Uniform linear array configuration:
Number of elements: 48
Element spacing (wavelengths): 1
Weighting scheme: binomial
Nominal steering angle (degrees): -30
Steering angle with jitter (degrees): -31.284
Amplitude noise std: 0.05
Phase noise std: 0.05

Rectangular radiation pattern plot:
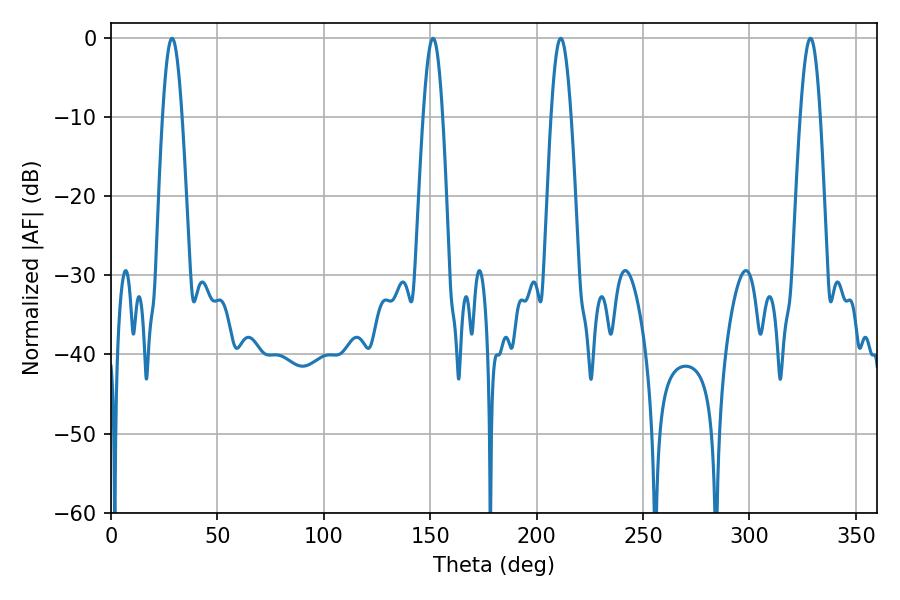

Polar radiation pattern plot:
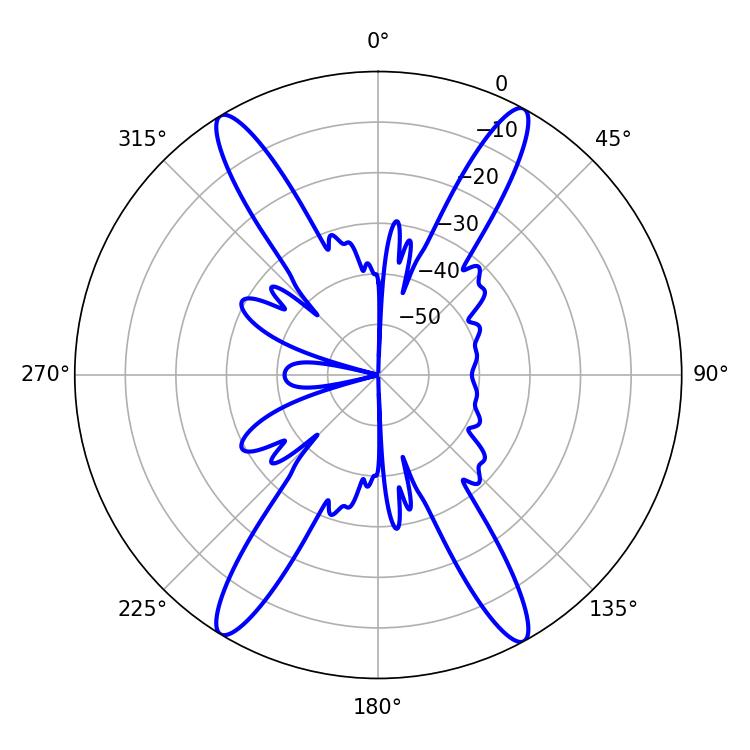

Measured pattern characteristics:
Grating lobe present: TRUE
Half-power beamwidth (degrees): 5.04
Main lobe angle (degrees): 211.32